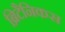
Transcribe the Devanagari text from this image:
ब्रिटैनिकस